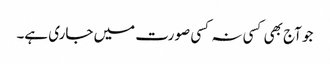
جو آج بھی کسی نہ کسی صورت میں جاری ہے۔